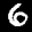
Label: 6